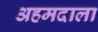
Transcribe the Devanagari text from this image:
अहमदाला